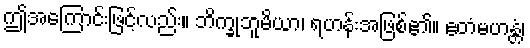
ဤအကြောင်းဖြင့်လည်း။ ဘိက္ခုဘူမိယာ၊ ရဟန်းအဖြစ်၏။ ဧတံမဟန္တံ၊